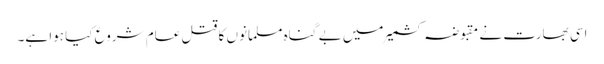
اسی بھارت نے مقبوضہ کشمیر میں بے گناہ مسلمانوں کا قتل عام شروع کیا ہوا ہے۔